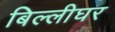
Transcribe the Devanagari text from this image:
बिल्लीघर